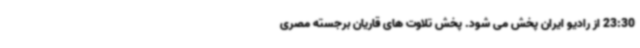
23:30 از رادیو ایران پخش می شود. پخش تلاوت های قاریان برجسته مصری